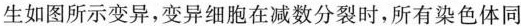
生如图所示变异，变异细胞在减数分裂时，所有染色体同